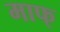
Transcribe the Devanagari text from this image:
माफ्